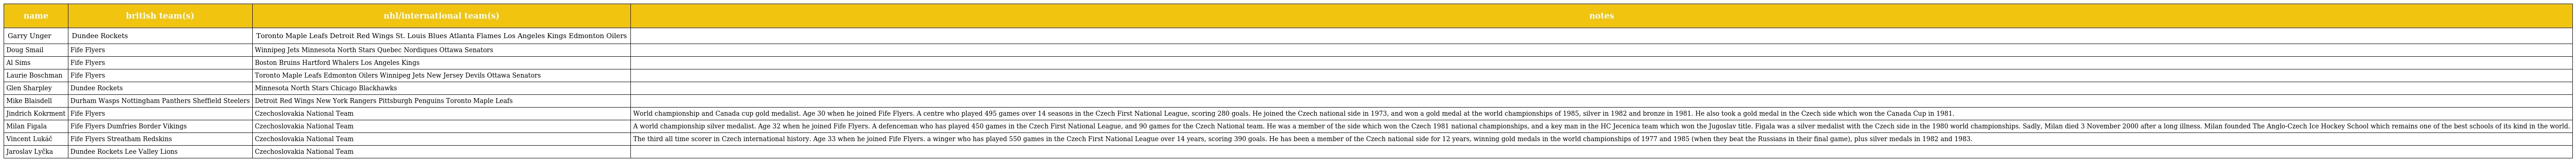
| name | british team(s) | nhl/international team(s) | notes |
 | --- | --- | --- | --- |
 | Garry Unger | Dundee Rockets | Toronto Maple Leafs Detroit Red Wings St. Louis Blues Atlanta Flames Los Angeles Kings Edmonton Oilers |  |
 | Doug Smail | Fife Flyers | Winnipeg Jets Minnesota North Stars Quebec Nordiques Ottawa Senators |  |
 | Al Sims | Fife Flyers | Boston Bruins Hartford Whalers Los Angeles Kings |  |
 | Laurie Boschman | Fife Flyers | Toronto Maple Leafs Edmonton Oilers Winnipeg Jets New Jersey Devils Ottawa Senators |  |
 | Glen Sharpley | Dundee Rockets | Minnesota North Stars Chicago Blackhawks |  |
 | Mike Blaisdell | Durham Wasps Nottingham Panthers Sheffield Steelers | Detroit Red Wings New York Rangers Pittsburgh Penguins Toronto Maple Leafs |  |
 | Jindrich Kokrment | Fife Flyers | Czechoslovakia National Team | World championship and Canada cup gold medalist. Age 30 when he joined Fife Flyers. A centre who played 495 games over 14 seasons in the Czech First National League, scoring 280 goals. He joined the Czech national side in 1973, and won a gold medal at the world championships of 1985, silver in 1982 and bronze in 1981. He also took a gold medal in the Czech side which won the Canada Cup in 1981. |
 | Milan Figala | Fife Flyers Dumfries Border Vikings | Czechoslovakia National Team | A world championship silver medalist. Age 32 when he joined Fife Flyers. A defenceman who has played 450 games in the Czech First National League, and 90 games for the Czech National team. He was a member of the side which won the Czech 1981 national championships, and a key man in the HC Jecenica team which won the Jugoslav title. Figala was a silver medalist with the Czech side in the 1980 world championships. Sadly, Milan died 3 November 2000 after a long illness. Milan founded The Anglo-Czech Ice Hockey School which remains one of the best schools of its kind in the world. |
 | Vincent Lukáč | Fife Flyers Streatham Redskins | Czechoslovakia National Team | The third all time scorer in Czech international history. Age 33 when he joined Fife Flyers. a winger who has played 550 games in the Czech First National League over 14 years, scoring 390 goals. He has been a member of the Czech national side for 12 years, winning gold medals in the world championships of 1977 and 1985 (when they beat the Russians in their final game), plus silver medals in 1982 and 1983. |
 | Jaroslav Lyčka | Dundee Rockets Lee Valley Lions | Czechoslovakia National Team |  |